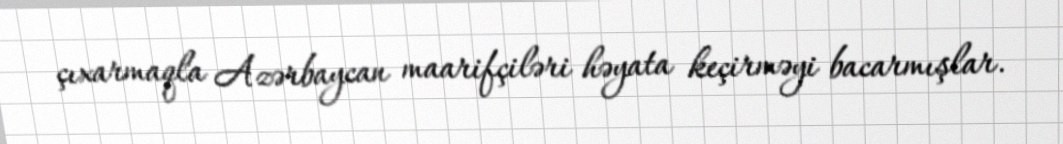
çıxarmaqla Azərbaycan maarifçiləri həyata keçirməyi bacarmışlar.